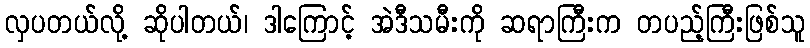
လှပတယ်လို့ ဆိုပါတယ်၊ ဒါကြောင့် အဲဒီသမီးကို ဆရာကြီးက တပည့်ကြီးဖြစ်သူ